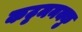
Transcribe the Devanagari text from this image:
कट्टमनक्कु